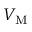
V _ { \mathrm { { M } } }